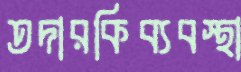
তদারকিব্যবস্থা